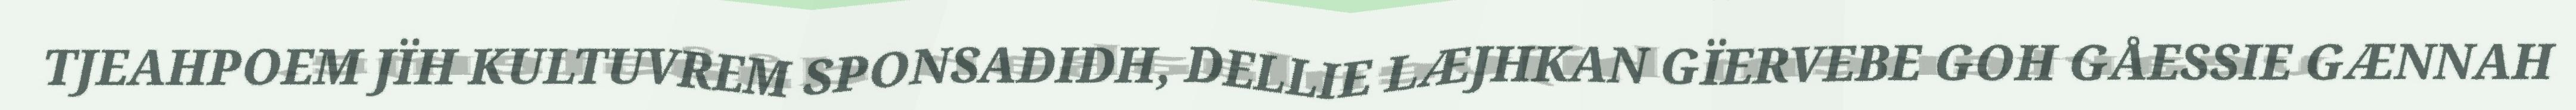
TJEAHPOEM JÏH KULTUVREM SPONSADIDH, DELLIE LÆJHKAN GÏERVEBE GOH GÅESSIE GÆNNAH